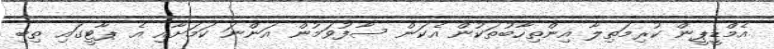
އެމްޑީޕީން ކުރިމަތިލާ އިންތިހާބުތަކުން އެކަން ސާފުވަމުން އަންނަ ކަމަށާއި އެ ޕާޓީގައި ތިބި